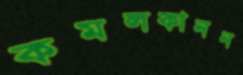
কমলকানন